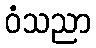
ဝံသညာ